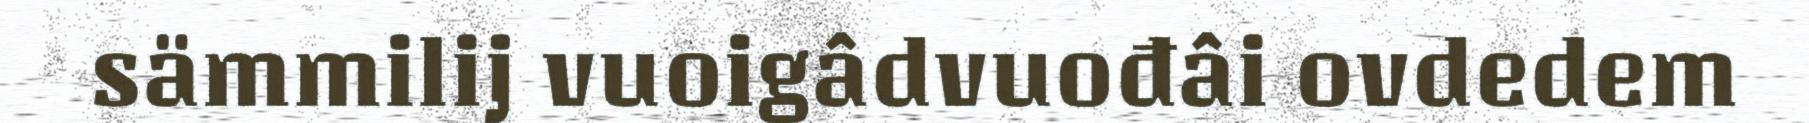
sämmilij vuoigâdvuođâi ovdedem